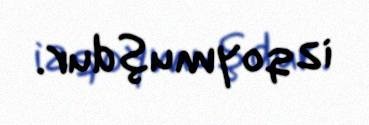
iz qoymuşdur.